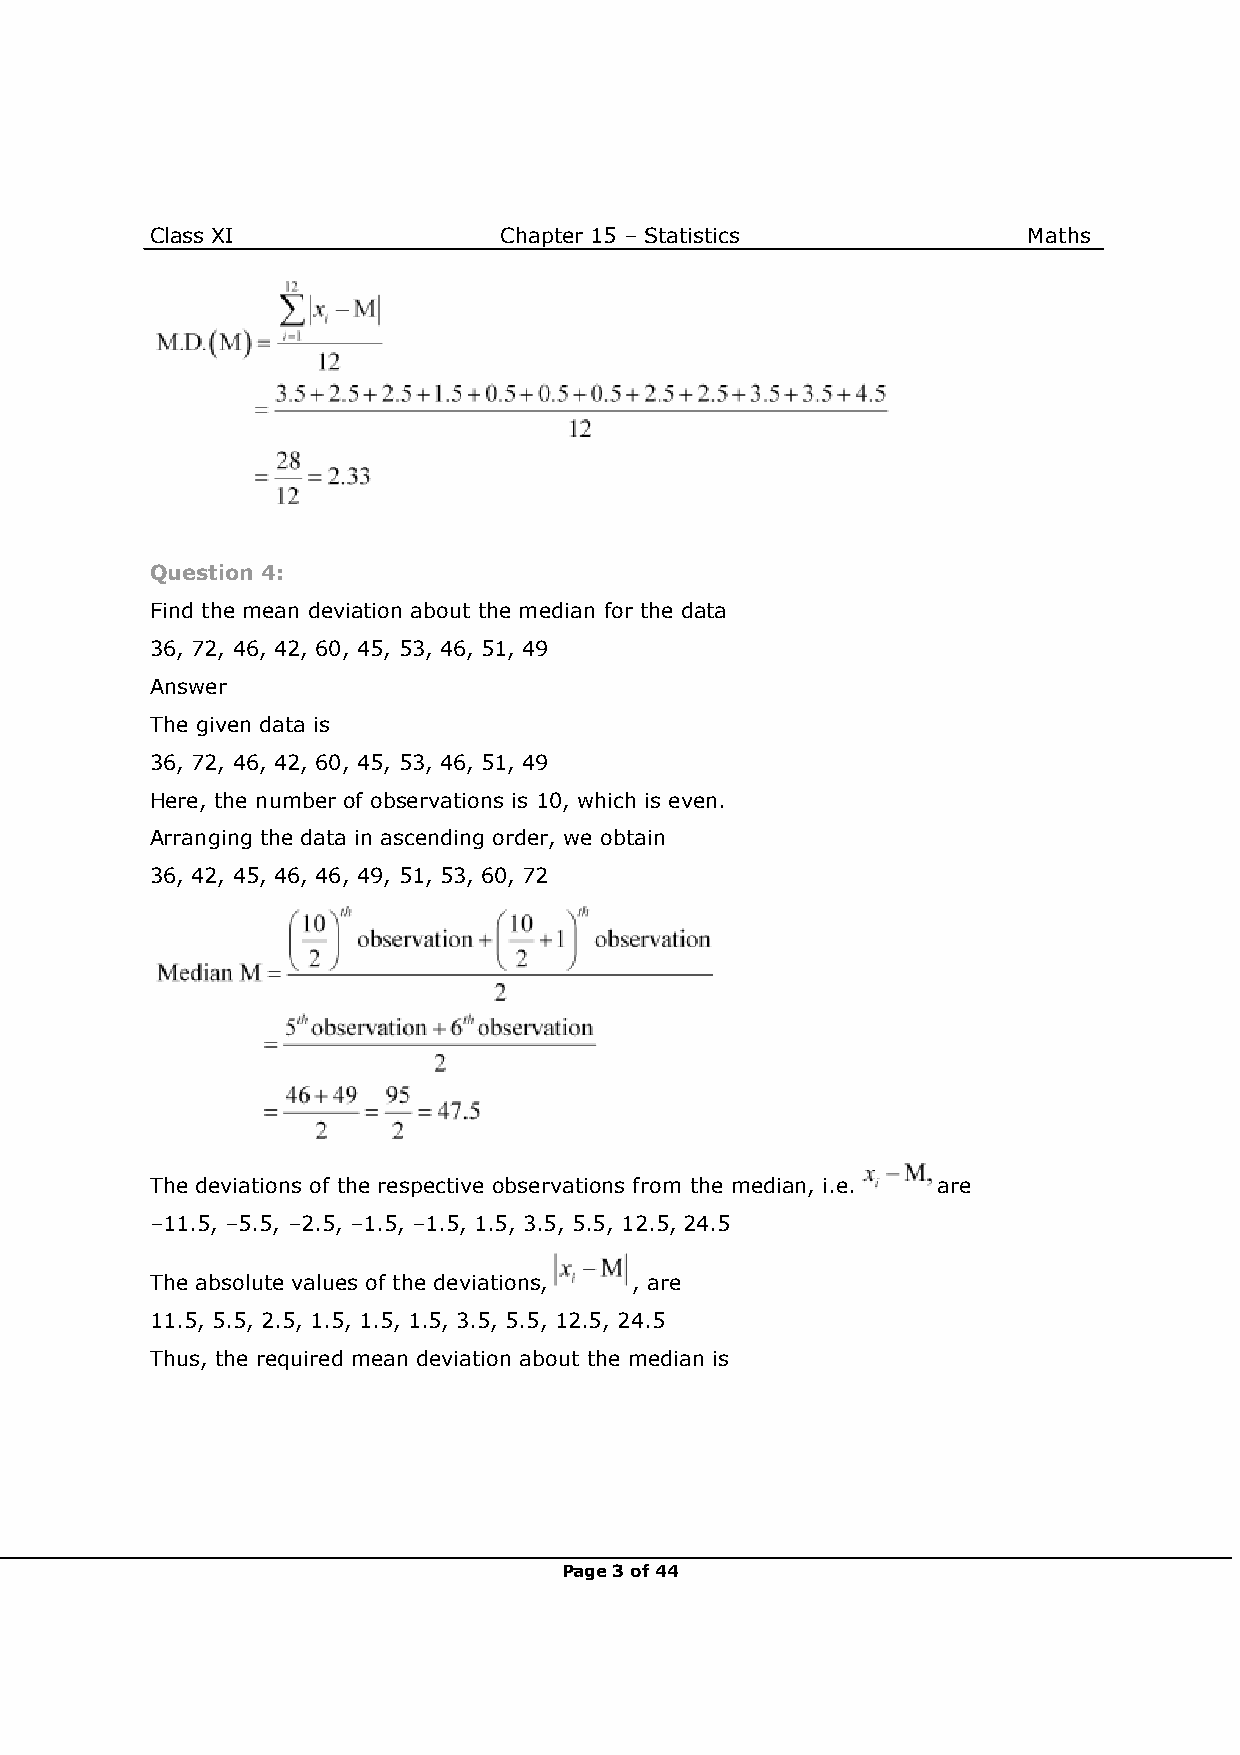
Class XI               Chapter 15 – Statistics            Maths
 Question 4:
 Find the mean deviation about the median for the data
 36, 72, 46, 42, 60, 45, 53, 46, 51, 49
 Answer
 The given data is
 36, 72, 46, 42, 60, 45, 53, 46, 51, 49
 Here, the number of observations is 10, which is even.
 Arranging the data in ascending order, we obtain
 36, 42, 45, 46, 46, 49, 51, 53, 60, 72
 The deviations of the respective observations from the median, i.e. are
 –11.5, –5.5, –2.5, –1.5, –1.5, 1.5, 3.5, 5.5, 12.5, 24.5
 The absolute values of the deviations, , are
 11.5, 5.5, 2.5, 1.5, 1.5, 1.5, 3.5, 5.5, 12.5, 24.5
 Thus, the required mean deviation about the median is
 Page 3 of 44